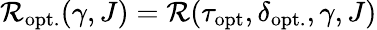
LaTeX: \mathcal{R}_{\mathrm{opt.}}(\gamma,J)=\mathcal{R}(\tau_{\mathrm{opt}},\delta_{\mathrm{opt.}},\gamma,J)